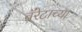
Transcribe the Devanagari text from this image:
बॅरेटाच्या